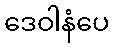
ဒေဝါနံပေ